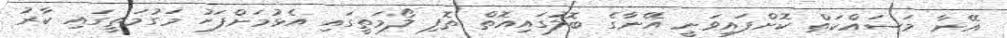
އޭނާ މަސައްކަތް ކޮށްފައިވަނީ އޭނާގެ ބޮލުގައިއޮތް ތޮފި ލޯމަތީގައި އެޅުމަށްފަހު މަގުމަތީގައި ކާރު